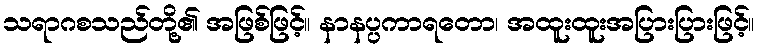
သရာဂစသည်တို့၏ အဖြစ်ဖြင့်။ နာနပ္ပကာရတော၊ အထူးထူးအပြားပြားဖြင့်။